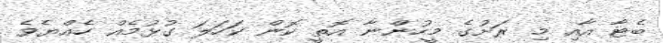
ބެޓާ އާއި މި ރަށުގެ މީހުންނާ އޮތީ ކޮން ކަހަލަ ގުޅުމެއް ހެއްޔެވެ